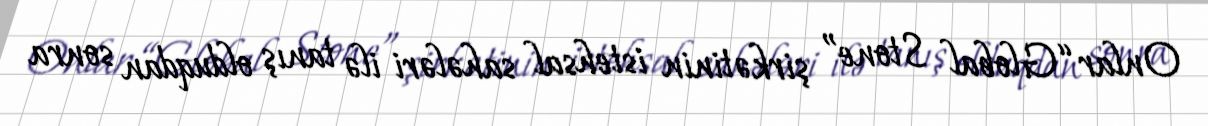
Onlar “Global Stone” şirkətinin istehsal sahələri ilə tanış olduqdan sonra